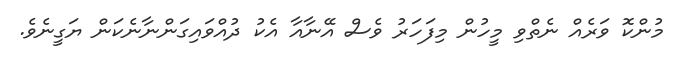
މުންކޮ ވަރެއް ނެތްވި މީހުން މިފަހަރު ވެސް އޭނާއާ އެކު ދުއްވައިގަންނާނެކަން ޔަގީނެވެ.